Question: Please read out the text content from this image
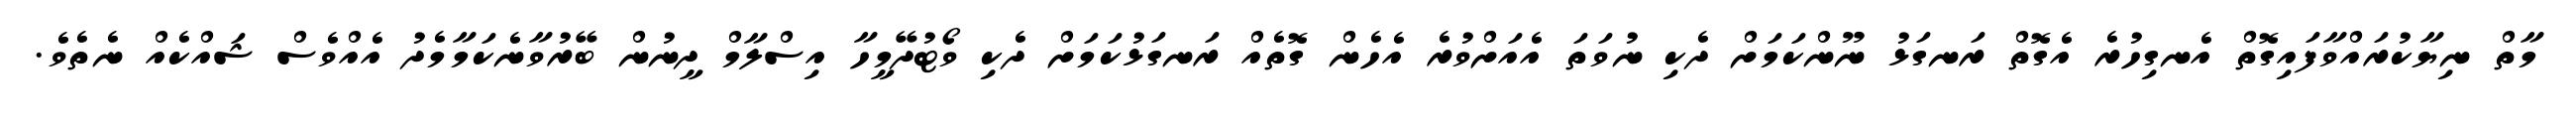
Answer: މާތް ނިޔާކުރައްވާފައިގޮތް އެނގިހުރެ އެގޮތް ރަނގަޅު ނޫންކަމަށް ދެކި ނުވަތަ އެއަށްވުރެ އެހެން ގޮތެއް ރަނގަޅުކަމަށް ދެކި ވޯޓުދޭމީހާ އިސްލާމް ދީނުން ބޭރުވާނެކަމާމެދު އެއްވެސް ޝައްކެއް ނެތެވެ.